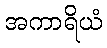
အကာရိယံ